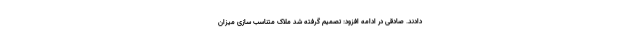
دادند. صادقی در ادامه افزود: تصمیم گرفته شد ملاک متناسب سازی میزان